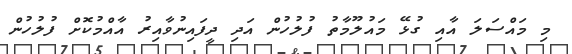
މި މައްސަލަ އާއި ގުޅޭ މައުލޫމާތު ފުލުހުން އަދި ދީފައިނުވާއިރު އާއްމުކޮށް ފުލުހުން